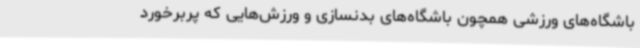
باشگاه‌های ورزشی همچون باشگاه‌های بدنسازی و ورزش‌هایی که پربرخورد